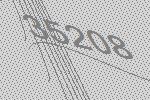
35208